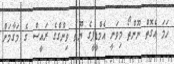
ހަމަ އެގޮތް ނޫންތޯ މިވަނީ އެމްޑީޕީގެ ޔޫތު ވިންގްގެ ރައީސް ގެ މަގާމަށް